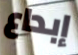
إبداع